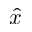
\hat { x }